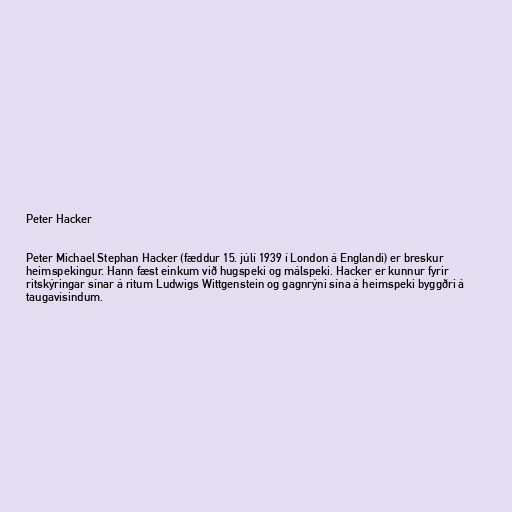
Peter Hacker

Peter Michael Stephan Hacker (fæddur 15. júlí 1939 í London á Englandi) er breskur
heimspekingur. Hann fæst einkum við hugspeki og málspeki. Hacker er kunnur fyrir
ritskýringar sínar á ritum Ludwigs Wittgenstein og gagnrýni sína á heimspeki byggðri á
taugavísindum.